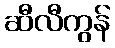
ဆီလီကွန်